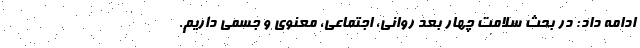
ادامه داد: در بحث سلامت چهار بعد روانی، اجتماعی، معنوی و جسمی داریم.